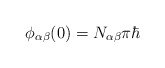
\begin{align*}\phi _{\alpha \beta }(0)=N_{\alpha \beta }\pi \hbar\end{align*}